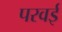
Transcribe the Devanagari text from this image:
परवई